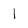
Character: 1